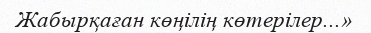
Жабырқаған көңілің көтерілер...»